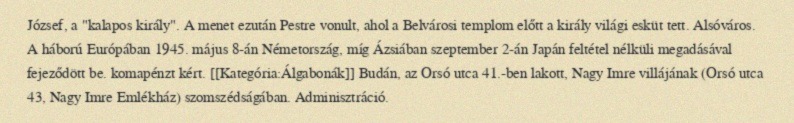
József, a "kalapos király". A menet ezután Pestre vonult, ahol a Belvárosi templom előtt a király világi esküt tett. Alsóváros. A háború Európában 1945. május 8-án Németország, míg Ázsiában szeptember 2-án Japán feltétel nélküli megadásával fejeződött be. komapénzt kért. [[Kategória:Álgabonák]] Budán, az Orsó utca 41.-ben lakott, Nagy Imre villájának (Orsó utca 43, Nagy Imre Emlékház) szomszédságában. Adminisztráció.